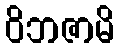
ဝိဘဇာမိ